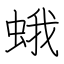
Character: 蛾